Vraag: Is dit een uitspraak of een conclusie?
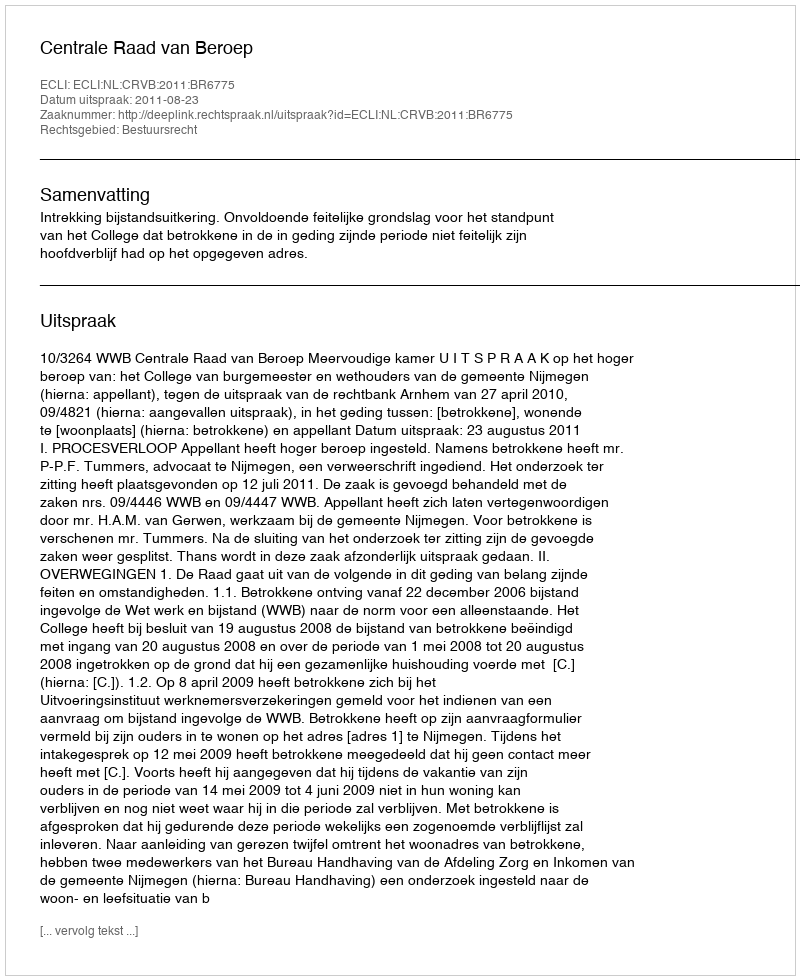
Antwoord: Uitspraak